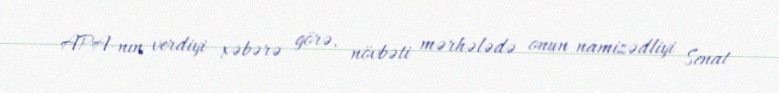
APA-nın verdiyi xəbərə görə, növbəti mərhələdə onun namizədliyi Senat